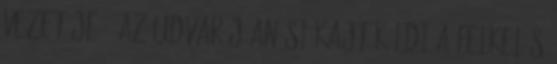
vezetője – az udvar Jüan Si-kajt küldi a felkelés